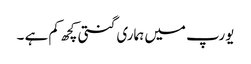
یورپ میں ہماری گنتی کچھ کم ہے ۔